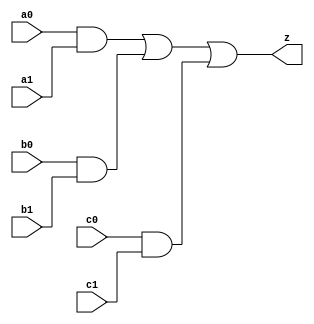
//#############################################################################
//# Function: And-Or (ao222) Gate                                             #
//# Copyright: Lambda Project Authors. All rights Reserved.                   #
//# License:  MIT (see LICENSE file in Lambda repository)                     #
//#############################################################################

module la_ao222 #(
    parameter PROP = "DEFAULT"
) (
    input  a0,
    input  a1,
    input  b0,
    input  b1,
    input  c0,
    input  c1,
    output z
);

    assign z = (a0 & a1) | (b0 & b1) | (c0 & c1);

endmodule